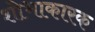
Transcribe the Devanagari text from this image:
शोभाकारक